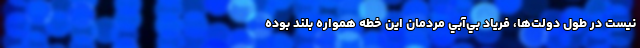
نيست در طول دولت‌ها، فرياد بي‌آبي مردمان اين خطه همواره بلند بوده